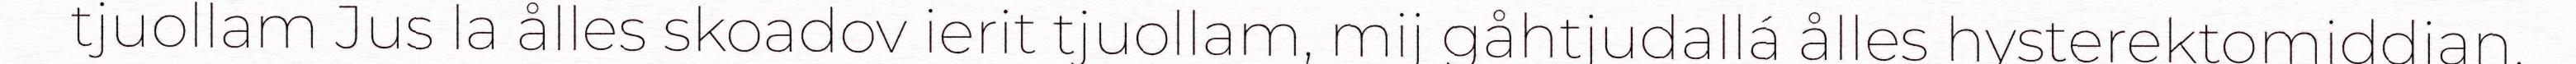
tjuollam Jus la ålles skoadov ierit tjuollam, mij gåhtjudallá ålles hysterektomiddjan,